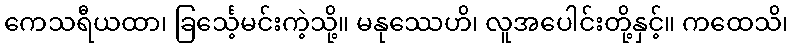
ကေသရီယထာ၊ ခြင်္သေ့မင်းကဲ့သို့။ မနုဿေဟိ၊ လူအပေါင်းတို့နှင့်။ ကထေသိ၊